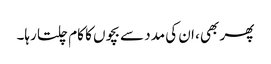
پھر بھی، ان کی مدد سے بچوں کا کام چلتا رہا۔